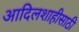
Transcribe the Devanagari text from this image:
आदिलशाहीसाठी